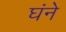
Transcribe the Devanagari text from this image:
घंने